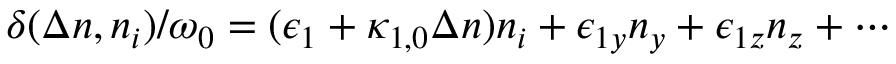
\delta ( \Delta n , n _ { i } ) / \omega _ { 0 } = ( \epsilon _ { 1 } + \kappa _ { 1 , 0 } \Delta n ) n _ { i } + \epsilon _ { 1 y } n _ { y } + \epsilon _ { 1 z } n _ { z } + \cdots